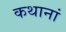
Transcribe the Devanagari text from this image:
कथानां